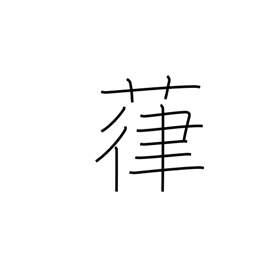
Meaning: vines